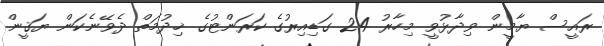
ރައީސް ޔާމީން ވިދާޅުވީ މިހާރު 24 ގަޑިއިރުގެ ކަރަންޓުގެ ޚިދުމަތް ދެވޭނެކަން ޔަޤީން